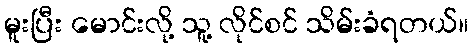
မူးပြီး မောင်းလို့ သူ့ လိုင်စင် သိမ်းခံရတယ်။